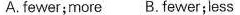
A. fewer;more B. Fewer;less